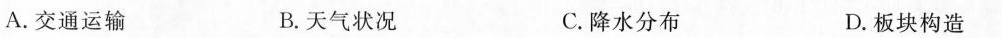
A.交通运输 B.天气状况 C.降水分布 D.板块构造